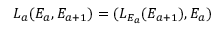
L _ { a } ( E _ { a } , E _ { a + 1 } ) = ( L _ { E _ { a } } ( E _ { a + 1 } ) , E _ { a } )